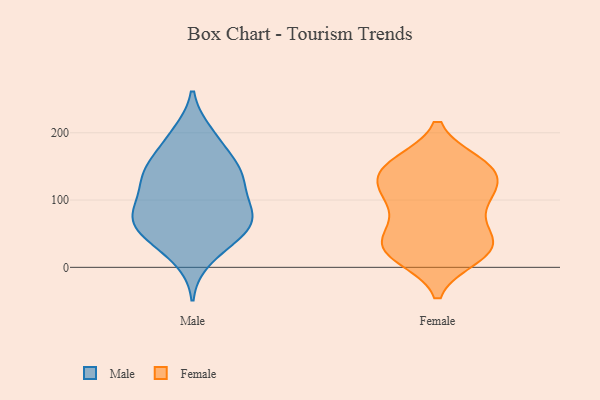
{"axis": {"x": "LTV (USD)", "y": "Value"}, "legend": ["Female", "Male"], "data": [{"x": "", "y": 89, "type": "Male"}, {"x": "", "y": 143, "type": "Male"}, {"x": "", "y": 125, "type": "Male"}, {"x": "", "y": 199, "type": "Male"}, {"x": "", "y": 128, "type": "Male"}, {"x": "", "y": 38, "type": "Male"}, {"x": "", "y": 84, "type": "Male"}, {"x": "", "y": 13, "type": "Male"}, {"x": "", "y": 53, "type": "Male"}, {"x": "", "y": 63, "type": "Male"}, {"x": "", "y": 145, "type": "Male"}, {"x": "", "y": 76, "type": "Male"}, {"x": "", "y": 41, "type": "Male"}, {"x": "", "y": 146, "type": "Male"}, {"x": "", "y": 173, "type": "Male"}, {"x": "", "y": 196, "type": "Male"}, {"x": "", "y": 70, "type": "Male"}, {"x": "", "y": 91, "type": "Male"}, {"x": "", "y": 68, "type": "Male"}, {"x": "", "y": 136, "type": "Male"}, {"x": "", "y": 98, "type": "Female"}, {"x": "", "y": 50, "type": "Female"}, {"x": "", "y": 149, "type": "Female"}, {"x": "", "y": 133, "type": "Female"}, {"x": "", "y": 41, "type": "Female"}, {"x": "", "y": 149, "type": "Female"}, {"x": "", "y": 109, "type": "Female"}, {"x": "", "y": 31, "type": "Female"}, {"x": "", "y": 155, "type": "Female"}, {"x": "", "y": 38, "type": "Female"}, {"x": "", "y": 24, "type": "Female"}, {"x": "", "y": 97, "type": "Female"}, {"x": "", "y": 155, "type": "Female"}, {"x": "", "y": 27, "type": "Female"}, {"x": "", "y": 15, "type": "Female"}, {"x": "", "y": 123, "type": "Female"}, {"x": "", "y": 112, "type": "Female"}, {"x": "", "y": 72, "type": "Female"}, {"x": "", "y": 147, "type": "Female"}, {"x": "", "y": 16, "type": "Female"}]}